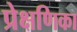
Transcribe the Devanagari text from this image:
प्रेक्षणिका